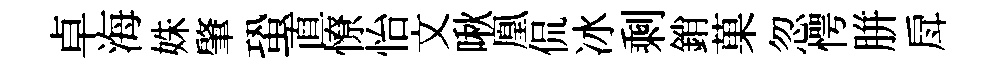
卓海姝肇蛩直憭怡文啾凰侃冰剩銷菓忽愕胼戽